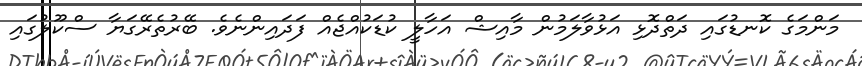
މަންމަގެ ކޮނޑުގައި ދަތްދޮޅި އަޅުވާލަމުން މާއިޝް އަހާލީ ކުޑަކުއްޖެއް ފަދައިންނެވެ. ބޭރުތެރޭގަޔާ ސްކޫލުގައި